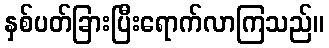
နှစ်ပတ်ခြားပြီးရောက်လာကြသည်။